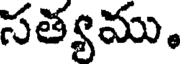
సత్యము.